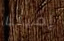
إميليا